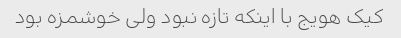
کیک هویج با اینکه تازه نبود ولی خوشمزه بود